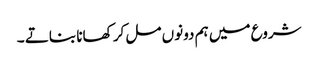
شروع میں ہم دونوں مل کر کھانا بناتے ۔